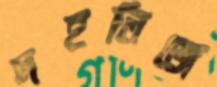
দহলিজে